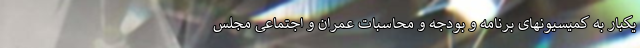
یکبار به کمیسیونهای برنامه و بودجه و محاسبات عمران و اجتماعی مجلس